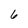
Character: 6